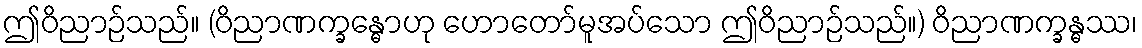
ဤဝိညာဉ်သည်။ (ဝိညာဏက္ခန္ဓောဟု ဟောတော်မူအပ်သော ဤဝိညာဉ်သည်။) ဝိညာဏက္ခန္ဓဿ၊